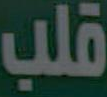
قلب